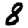
Digit: 8